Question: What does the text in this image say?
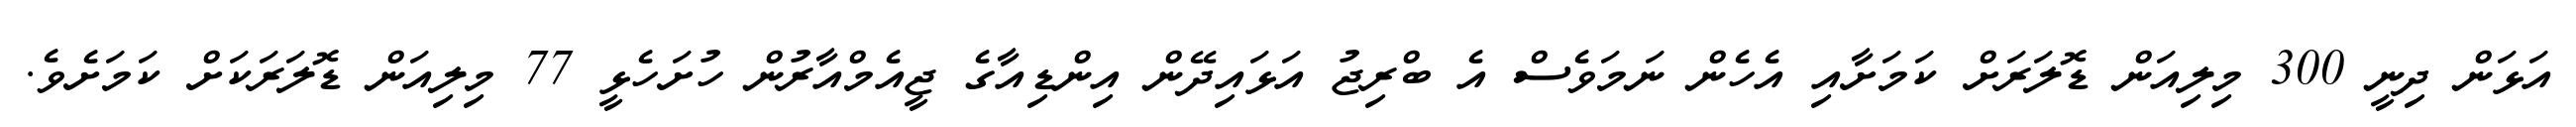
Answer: އަޅަން ދިނީ 300 މިލިއަން ޑޮލަރަށް ކަމަށާއި އެހެން ނަމަވެސް އެ ބްރިޖު އަޅައިދޭން އިންޑިއާގެ ޖީއެމްއާރުން ހުށަހެޅީ 77 މިލިއަން ޑޮލަރަކަށް ކަމަށެވެ.